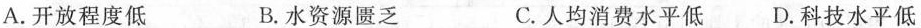
A.开放程度低 B.水资源匮乏 C.人均消费水平低 D.科技水平低